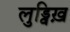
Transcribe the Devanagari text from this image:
लुड्विख़